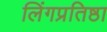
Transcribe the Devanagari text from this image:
लिंगप्रतिष्ठा